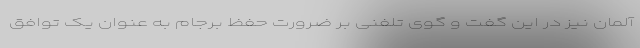
آلمان نیز در این گفت و گوی تلفنی بر ضرورت حفظ برجام به عنوان یک توافق